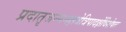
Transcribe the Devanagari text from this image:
प्रदातृजन्मनक्षत्रेत्रिपादर्क्षेविशेषतः